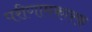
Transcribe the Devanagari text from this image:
परीणामकारक